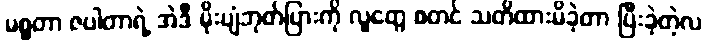
မစ္စတာ ဇပါတာရဲ့ အဲဒီ မိုးပျံဘုတ်ပြားကို လူတွေ စတင် သတိထားမိခဲ့တာ ပြီးခဲ့တဲ့လ